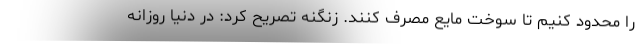
را محدود کنیم تا سوخت مایع مصرف کنند. زنگنه تصریح کرد: در دنیا روزانه